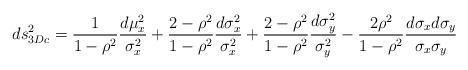
LaTeX: \begin{align*}ds_{3Dc}^{2}=\frac{1}{1-\rho^{2}}\frac{d\mu_{x}^{2}}{\sigma_{x}^{2}}+\frac{2-\rho^{2}}{1-\rho^{2}}\frac{d\sigma_{x}^{2}}{\sigma_{x}^{2}}+\frac{2-\rho^{2}}{1-\rho^{2}}\frac{d\sigma_{y}^{2}}{\sigma_{y}^{2}}-\frac{2\rho^{2}}{1-\rho^{2}}\frac{d\sigma_{x}d\sigma_{y}}{\sigma_{x}\sigma_{y}}\end{align*}